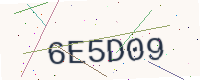
Text: 6E5D09